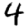
Digit: 4